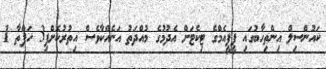
ކައުންސިލް އިންތިހާބުގައި ޕީޕީއެމްގެ ޓިކެޓަށް އެދުމުގެ މުއްދަތު އަނެއްކާވެސް އިތުރުކޮށްފި3 ހަފްތާ 1